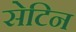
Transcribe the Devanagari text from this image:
सेटिन